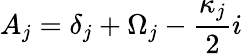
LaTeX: A_{j}=\delta_{j}+\Omega_{j}-\frac{\kappa_{j}}{2}i